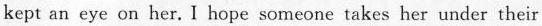
kept an eye on her.I hope someone takes her under their